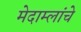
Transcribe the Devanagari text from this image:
मेदाम्लांचे